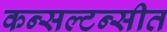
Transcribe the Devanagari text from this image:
कन्सल्टन्सीत